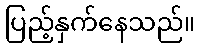
ပြည့်နှက်နေသည်။